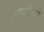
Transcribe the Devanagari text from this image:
अनुभूतीवर